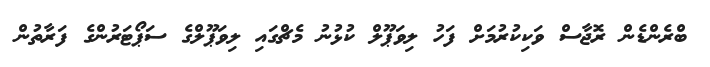
ބްރެންޑެން ރޮޖާސް ވަކިކުރުމަށް ފަހު ލިވަޕޫލް ކުޅުނު މެޗްގައި ލިވަޕޫލްގެ ސަޕޯޓަރުންގެ ފަރާތުން